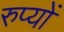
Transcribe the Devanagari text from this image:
रुप्यों